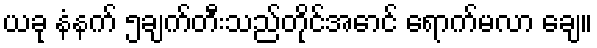
ယခု နံနက် ၅ချက်တီးသည်တိုင်အောင် ရောက်မလာ ချေ။